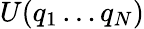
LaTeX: U(q_{1}\ldots q_{N})